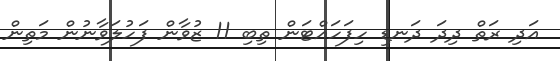
އަދި ރަތް ދިދަ ދަނޑި ހިފަހައްޓަން ތިބި 11 ޒުވާން ފަހުލަވާނުން މަތިން